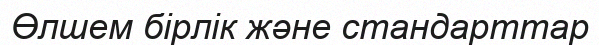
Өлшем бiрлiк және стандарттар